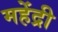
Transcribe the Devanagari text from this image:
महेंद्री